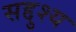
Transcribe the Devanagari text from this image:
सद्दुश्य